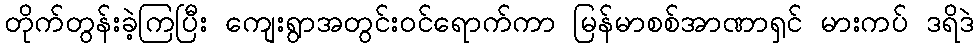
တိုက်တွန်းခဲ့ကြပြီး ကျေးရွာအတွင်းဝင်ရောက်ကာ မြန်မာစစ်အာဏာရှင် မားကပ် ဒရိဒဲ